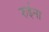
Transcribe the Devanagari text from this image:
रुईना